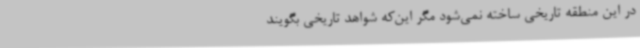
در این منطقه‌ تاریخی ساخته نمی‌شود مگر این‌که شواهد تاریخی بگویند